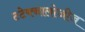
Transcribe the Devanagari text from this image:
टटेक्नालोजीज